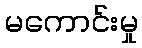
မကောင်းမှု